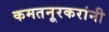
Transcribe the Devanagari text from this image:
कमतनूरकरांनी